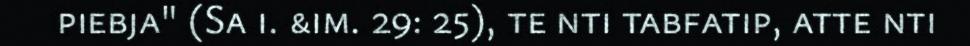
piebja" (Sa i. &im. 29: 25), te nti tabfatip, atte nti